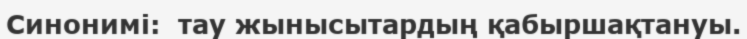
Синонимі:  тау жынысытардың қабыршақтануы.